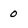
Character: o